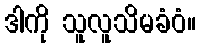
ဒါကို သူလူသိမခံဝံ။